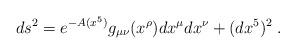
LaTeX: \begin{align*}ds^2 = e^{-A(x^5)}g_{\mu\nu}(x^\rho)dx^\mu dx^\nu+(dx^5)^2 \; . \end{align*}